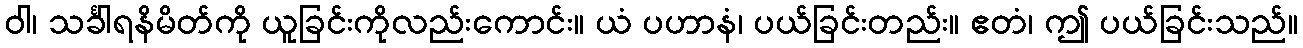
ဝါ၊ သင်္ခါရနိမိတ်ကို ယူခြင်းကိုလည်းကောင်း။ ယံ ပဟာနံ၊ ပယ်ခြင်းတည်း။ ဧတံ၊ ဤ ပယ်ခြင်းသည်။